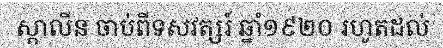
ស្តាលីន ចាប់ពីទសវត្សរ៍ ឆ្នាំ១៩២០ រហូតដល់